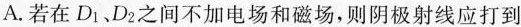
A.若在D_{1}、D_{2}之间不加电场和磁场，则阴极射线应打到